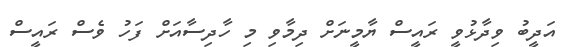
އަދީބު ވިދާޅުވީ ރައީސް ޔާމީނަށް ދިމާވި މި ހާދިސާއަށް ފަހު ވެސް ރައީސް